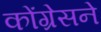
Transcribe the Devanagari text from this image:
कोंग्रेसने